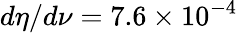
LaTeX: d\eta/d\nu=7.6\times 10^{-4}